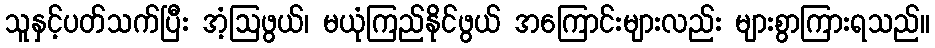
သူနှင့်ပတ်သက်ပြီး အံ့ဩဖွယ်၊ မယုံကြည်နိုင်ဖွယ် အကြောင်းများလည်း များစွာကြားရသည်။